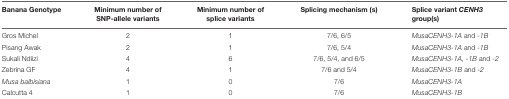
<table><thead><tr><td><b>Banana Genotype</b></td><td><b>Minimum number of SNP-allele variants</b></td><td><b>Minimum number of splice variants</b></td><td><b>Splicing mechanism (s)</b></td><td><b>Splice variant <i>CENH3</i> group(s)</b></td></tr></thead><tbody><tr><td>Gros Michel</td><td>2</td><td>1</td><td>7/6, 6/5</td><td><i>MusaCENH3-1A</i> and <i>-1B</i></td></tr><tr><td>Pisang Awak</td><td>2</td><td>1</td><td>7/6, 5/4</td><td><i>MusaCENH3-1A</i> and -<i>1B</i></td></tr><tr><td>Sukali Ndiizi</td><td>4</td><td>6</td><td>7/6, 5/4, and 6/5</td><td><i>MusaCENH3-1A, -1B</i> and <i>-2</i></td></tr><tr><td>Zebrina GF</td><td>4</td><td>1</td><td>7/6 and 5/4</td><td><i>MusaCENH3-1B</i> and <i>-2</i></td></tr><tr><td><i>Musa balbisiana</i></td><td>1</td><td>0</td><td>7/6</td><td><i>MusaCENH3-1A</i></td></tr><tr><td>Calcutta 4</td><td>1</td><td>0</td><td>7/6</td><td><i>MusaCENH3-1B</i></td></tr></tbody></table>